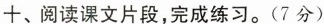
十、阅读课文片段，完成练习。(7分)